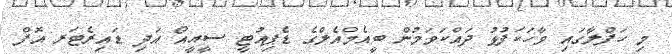
މި ހަފްލާގައި ވާހަކަފުޅު ދައްކަވަމުން ބީއެމްއެލްގެ ޑެޕިއުޓީ ސީއީއޯ އަދި ޑައިރެޓަރ އޮފް